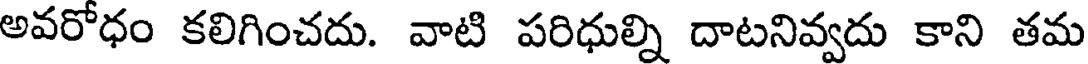
అవరోధం కలిగించదు. వాటి పరిధుల్ని దాటనివ్వదు కాని తమ